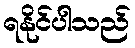
ရနိုင်ပါသည်